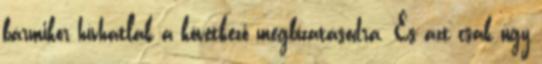
bármikor hívhatlak a következő megbízatásodra. És azt csak úgy